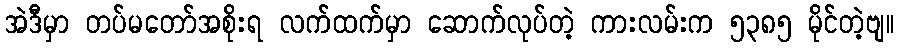
အဲဒီမှာ တပ်မတော်အစိုးရ လက်ထက်မှာ ဆောက်လုပ်တဲ့ ကားလမ်းက ၅၃၈၅ မိုင်တဲ့ဗျ။